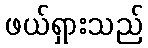
ဖယ်ရှားသည်